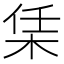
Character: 栠